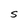
Character: S